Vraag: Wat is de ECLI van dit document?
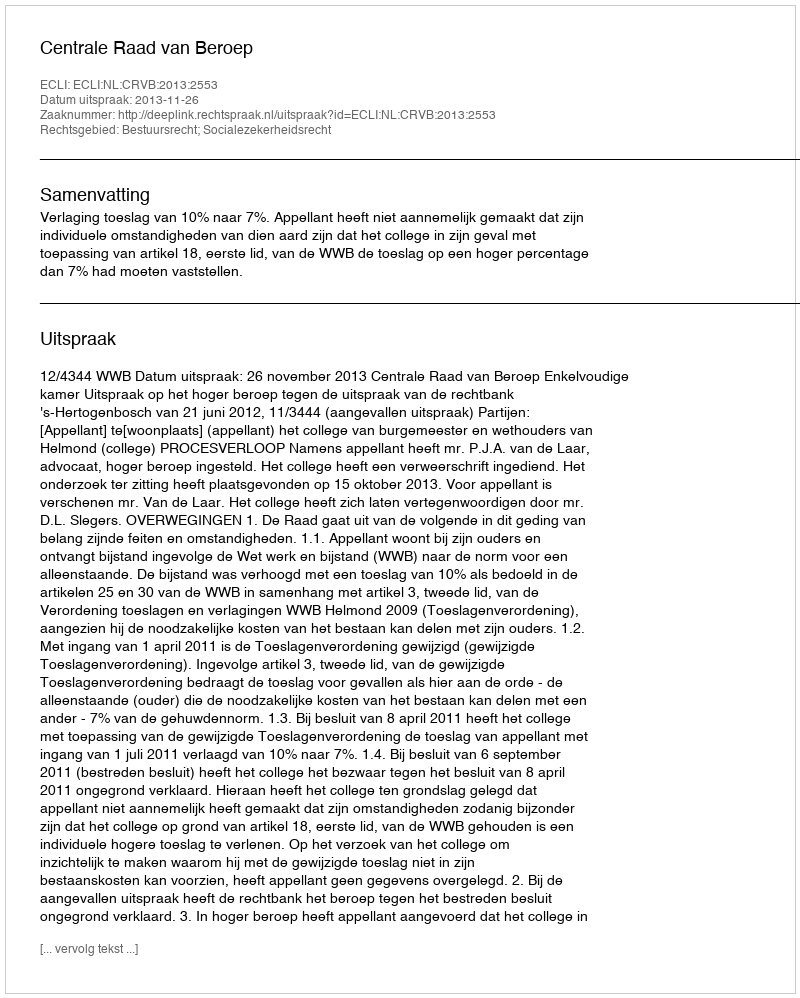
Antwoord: ECLI:NL:CRVB:2013:2553